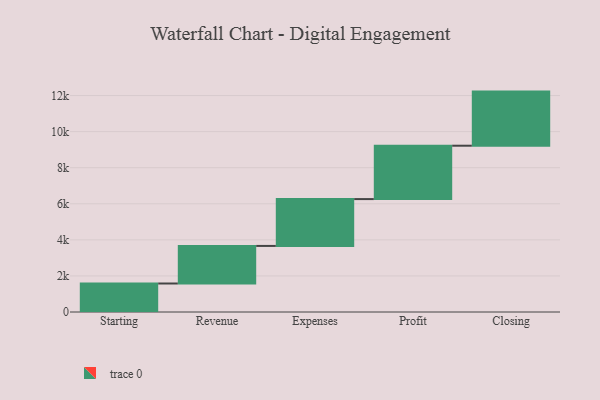
{"axis": {"x": "Step", "y": "Value"}, "legend": [""], "data": [{"x": "Starting", "y": 1580.0, "type": ""}, {"x": "Revenue", "y": 2083.0, "type": ""}, {"x": "Expenses", "y": 2597.0, "type": ""}, {"x": "Profit", "y": 2959.0, "type": ""}, {"x": "Closing", "y": 3000, "type": ""}]}